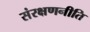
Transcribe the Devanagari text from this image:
संरक्षणनीति